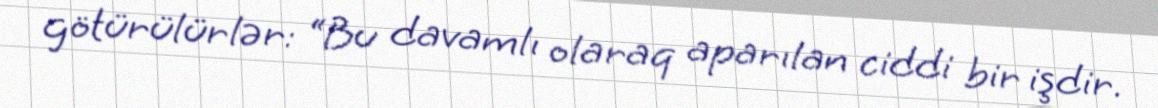
götürülürlər: “Bu davamlı olaraq aparılan ciddi bir işdir.